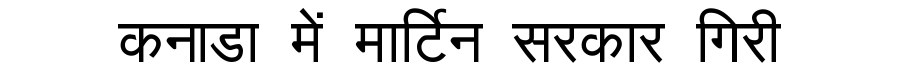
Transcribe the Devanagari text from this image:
कनाडा में मार्टिन सरकार गिरी